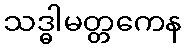
သဒ္ဓါမတ္တကေန